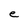
Character: e